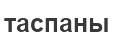
таспаны